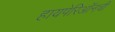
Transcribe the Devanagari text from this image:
हायपेरिऑनची